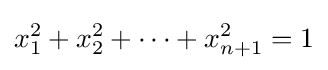
x_{1}^{2}+x_{2}^{2}+\cdots +x_{n+1}^{2}=1